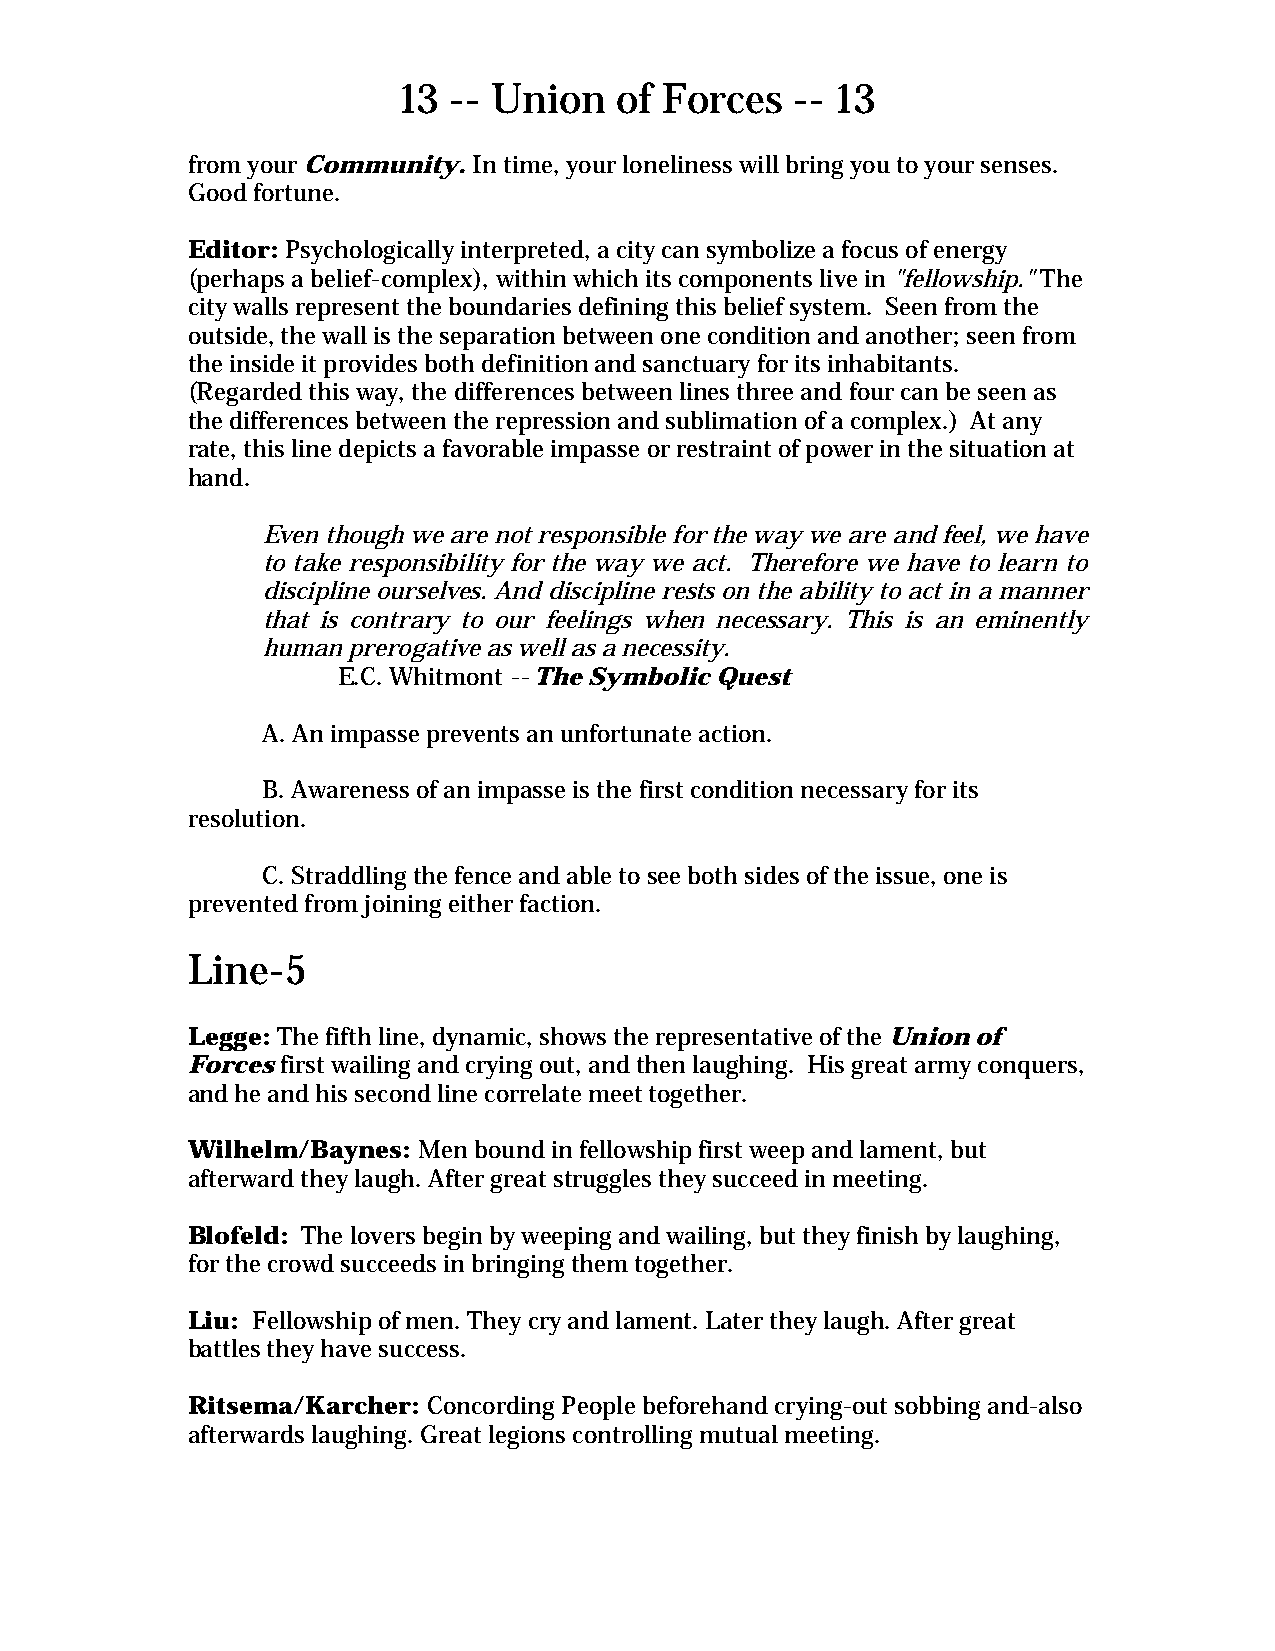
13  -- Union   of Forces   -- 13
 from your Community. In time, your loneliness will bring you to your senses.
 Good fortune.
 Editor: Psychologically interpreted, a city can symbolize a focus of energy
 (perhaps a belief-complex), within which its components live in "fellowship." The
 city walls represent the boundaries defining this belief system. Seen from the
 outside, the wall is the separation between one condition and another; seen from
 the inside it provides both definition and sanctuary for its inhabitants.
 (Regarded this way, the differences between lines three and four can be seen as
 the differences between the repression and sublimation of a complex.) At any
 rate, this line depicts a favorable impasse or restraint of power in the situation at
 hand.
 Even though we are not responsible for the way we are and feel, we have
 to take responsibility for the way we act. Therefore we have to learn to
 discipline ourselves. And discipline rests on the ability to act in a manner
 that is contrary to our feelings when necessary. This is an eminently
 human prerogative as well as a necessity.
 E.C. Whitmont -- The Symbolic Quest
 A. An impasse prevents an unfortunate action.
 B. Awareness of an impasse is the first condition necessary for its
 resolution.
 C. Straddling the fence and able to see both sides of the issue, one is
 prevented from joining either faction.
 Line-5
 Legge: The fifth line, dynamic, shows the representative of the Union of
 Forces first wailing and crying out, and then laughing. His great army conquers,
 and he and his second line correlate meet together.
 Wilhelm/Baynes: Men bound in fellowship first weep and lament, but
 afterward they laugh. After great struggles they succeed in meeting.
 Blofeld: The lovers begin by weeping and wailing, but they finish by laughing,
 for the crowd succeeds in bringing them together.
 Liu: Fellowship of men. They cry and lament. Later they laugh. After great
 battles they have success.
 Ritsema/Karcher: Concording People beforehand crying-out sobbing and-also
 afterwards laughing. Great legions controlling mutual meeting.